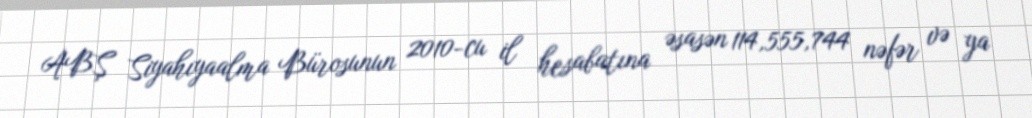
ABŞ Siyahıyaalma Bürosunun 2010-cu il hesabatına əsasən 114,555,744 nəfər və ya